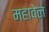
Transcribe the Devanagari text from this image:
महावेल